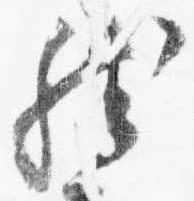
然